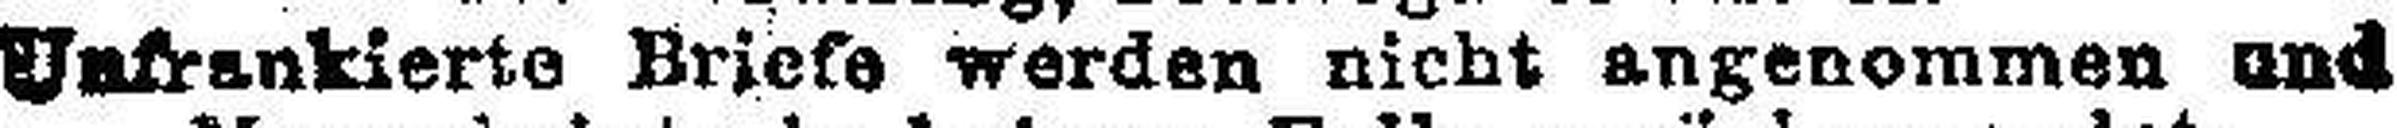
Unfrankierte Briefe werden nicht angenommen und